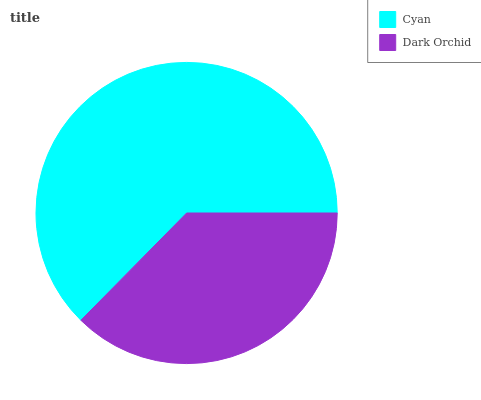
| Cyan | Dark Orchid |
 | --- | --- |
 | 62.6% | 37.4% |